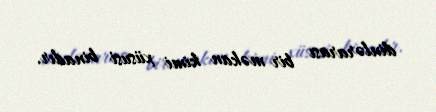
dinlərarası bir məkan kimi xüsusi binadır.